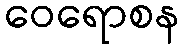
ဝေရောစန